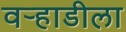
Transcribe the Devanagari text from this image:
वर्‍हाडीला